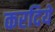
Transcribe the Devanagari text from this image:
करदिये